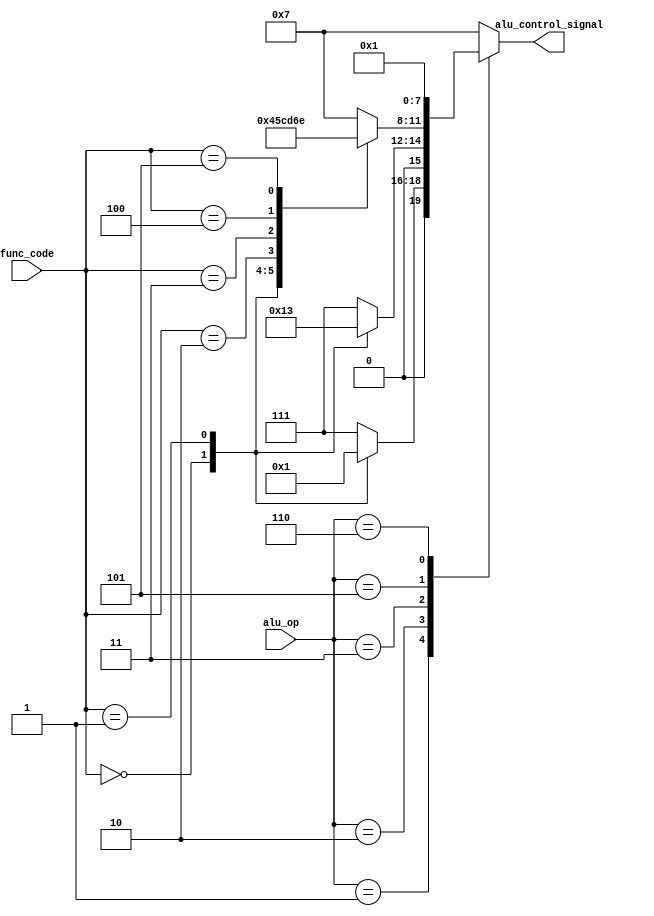
`timescale 1ns / 1ps

//////////////////////////////////////////////////////////////////////////////////
// Assignment Number: 7 [KGP-RISC]
// Module: ALU Control
// Semester Number: 5
// Group Number: G1
// Group Members: Animesh Jha (19CS10070) and Nisarg Upadhyaya (19CS30031)
//////////////////////////////////////////////////////////////////////////////////

module alu_control(
    input [2:0] alu_op,
    input [5:0] func_code,
    output reg [3:0] alu_control_signal
    );

    /*
        Assign the values based on the following table:
        ALUop (from control unit) - Function Code - Control Signal
        000                       - x             - 0111
        001                       - 000000        - 0000
        001                       - 000001        - 0001
        010                       - 000000        - 0010
        010                       - 000001        - 0011
        011                       - 000000        - 0100
        011                       - 000001        - 0101
        011                       - 000010        - 1100
        011                       - 000011        - 1101
        011                       - 000100        - 0110
        011                       - 000101        - 1110
        101                       - x             - 0000
        110                       - x             - 0001
    */

    always @(*) begin
        case(alu_op)
            3'b001:
                begin
                    case(func_code)
                        6'b000000: alu_control_signal <= 4'b0000;
                        6'b000001: alu_control_signal <= 4'b0001;
                        default: alu_control_signal <= 4'b0111;
                    endcase
                end
            3'b010:
                begin
                    case(func_code)
                        6'b000000: alu_control_signal <= 4'b0010;
                        6'b000001: alu_control_signal <= 4'b0011;
                        default: alu_control_signal <= 4'b0111;
                    endcase
                end
            3'b011:
                begin
                    case(func_code)
                        6'b000000: alu_control_signal <= 4'b0100;
                        6'b000001: alu_control_signal <= 4'b0101;
                        6'b000010: alu_control_signal <= 4'b1100;
                        6'b000011: alu_control_signal <= 4'b1101;
                        6'b000100: alu_control_signal <= 4'b0110;
                        6'b000101: alu_control_signal <= 4'b1110;
                        default: alu_control_signal <= 4'b0111;
                    endcase
                end
            3'b101: alu_control_signal <= 4'b0000;
            3'b110: alu_control_signal <= 4'b0001;
            default: alu_control_signal <= 4'b0111;
        endcase
    end

endmodule